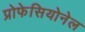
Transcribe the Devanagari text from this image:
प्रोफेसियोनेल